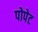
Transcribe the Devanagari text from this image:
पोपेट